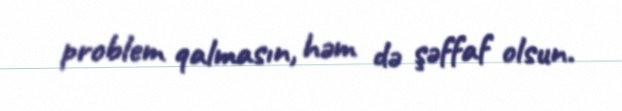
problem qalmasın, həm də şəffaf olsun.